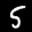
Label: 5